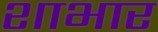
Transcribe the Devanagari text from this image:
शाभार